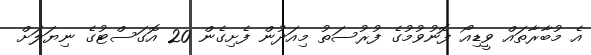
އެ މުބާރާތައް ވީޑިއޯ ފޮނުވުމުގެ ފުރުސަތު މިއަދުން ފެށިގެން 20 އޮގަސްޓުގެ ނިޔަލަށް